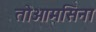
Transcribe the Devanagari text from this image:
तोओमसिना